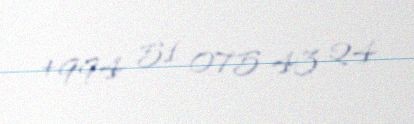
+994 51 075 43 24